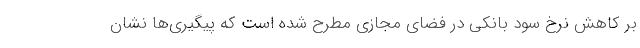
بر کاهش نرخ سود بانکی در فضای مجازی مطرح شده است که پیگیری‌ها نشان